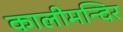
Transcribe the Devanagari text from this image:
कालीमन्दिर